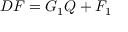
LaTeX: D F = G _ { 1 } Q + F _ { 1 }